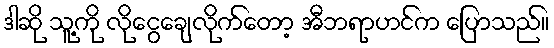
ဒါဆို သူ့ကို လိုငွေချေလိုက်တော့ အီဘရာဟင်က ပြောသည်။